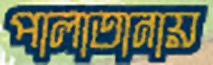
পালাতানায়